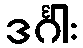
ဒင်္ဂါး